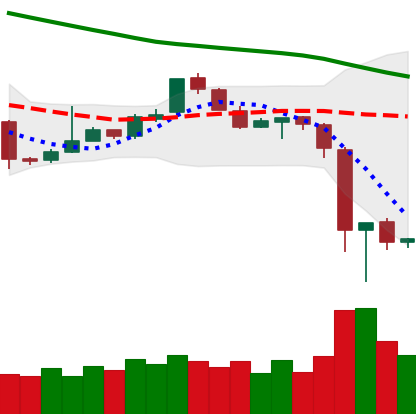
Ticker: EOS-USD
Chart end date: 2018-11-17
Forward return: -22.267%
Label: down_7plus